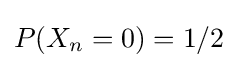
P(X_{n}=0)=1/2